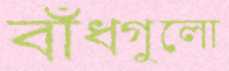
বাঁধগুলো